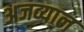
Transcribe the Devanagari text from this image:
अजव्याल